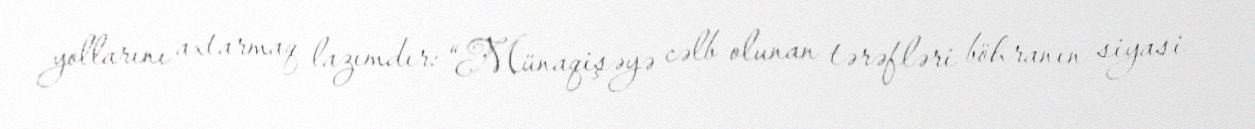
yollarını axtarmaq lazımdır: “Münaqişəyə cəlb olunan tərəfləri böhranın siyasi